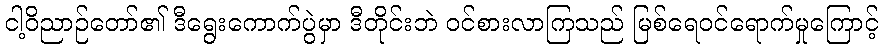
ငါ့ဝိညာဉ်တော်၏ ဒီရွေးကောက်ပွဲမှာ ဒီတိုင်းဘဲ ဝင်စားလာကြသည် မြစ်ရေဝင်ရောက်မှုကြောင့်